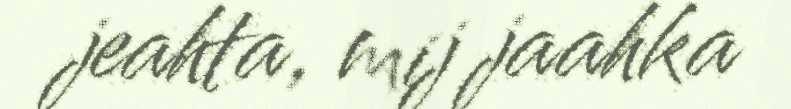
jeahta, mij jaahka